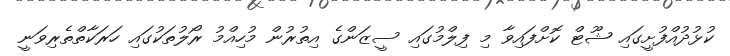
ކުޅުދުއްފުށީގައި ޝޫޓް ކޮށްފައިވާ މި ފިލްމުގައި ސީޒަންގެ އިތުރުން މުހިއްމު ރޯލުތަކުގައި ހަރަކާތްތެރިވަނީ